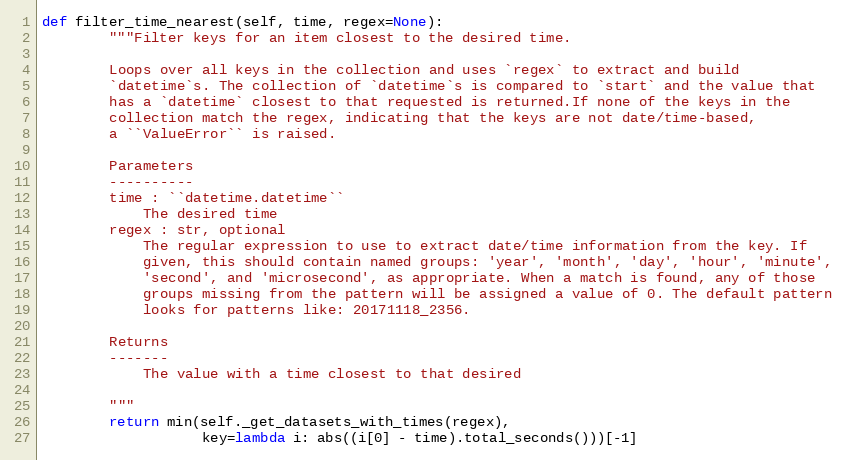
Language: Python
def filter_time_nearest(self, time, regex=None):
        """Filter keys for an item closest to the desired time.

        Loops over all keys in the collection and uses `regex` to extract and build
        `datetime`s. The collection of `datetime`s is compared to `start` and the value that
        has a `datetime` closest to that requested is returned.If none of the keys in the
        collection match the regex, indicating that the keys are not date/time-based,
        a ``ValueError`` is raised.

        Parameters
        ----------
        time : ``datetime.datetime``
            The desired time
        regex : str, optional
            The regular expression to use to extract date/time information from the key. If
            given, this should contain named groups: 'year', 'month', 'day', 'hour', 'minute',
            'second', and 'microsecond', as appropriate. When a match is found, any of those
            groups missing from the pattern will be assigned a value of 0. The default pattern
            looks for patterns like: 20171118_2356.

        Returns
        -------
            The value with a time closest to that desired

        """
        return min(self._get_datasets_with_times(regex),
                   key=lambda i: abs((i[0] - time).total_seconds()))[-1]